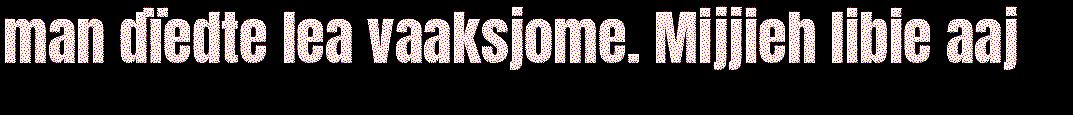
man dïedte lea vaaksjome. Mijjieh libie aaj